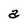
Character: a